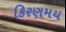
કિરણમય